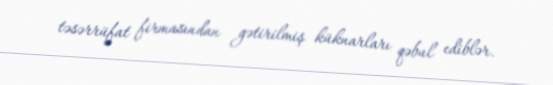
təsərrüfat firmasından gətirilmiş küknarları qəbul ediblər.